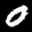
Label: 0